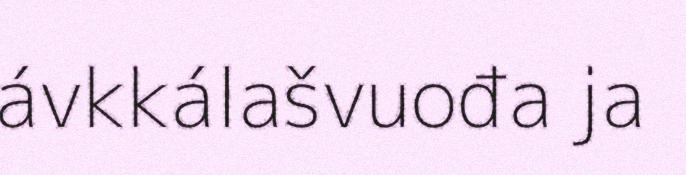
ávkkálašvuođa ja